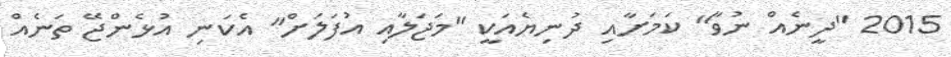
2015 "ދީނެއް ނުވާ" ކަމަށާއި ދުނިޔެއަކީ "މަޖަލާއި އުފަލަށް" އެކަނި އުޅެންޖޭ ތަނެއް